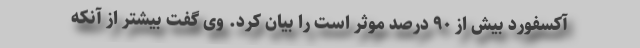
آکسفورد بیش از ۹۰ درصد موثر است را بیان کرد. وی گفت بیشتر از آنکه